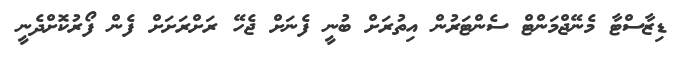
ޑިޒާސްޓާ މެނޭޖްމަންޓް ސެންޓަރުން އިތުރަށް ބުނީ ފެނަށް ޖެހޭ ރަށްރަށަށް ފެން ފޯރުކޮށްދެނީ